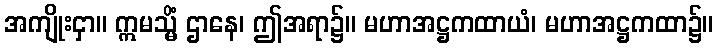
အကျိုးငှာ။ ဣမသ္မိံ ဌာနေ၊ ဤအရာ၌။ မဟာအဋ္ဌကထာယံ၊ မဟာအဋ္ဌကထာ၌။